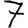
Digit: 7